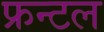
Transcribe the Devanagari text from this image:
फ्रन्‍टल